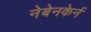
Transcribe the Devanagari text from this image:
नेबेनकेर्न